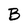
Character: B